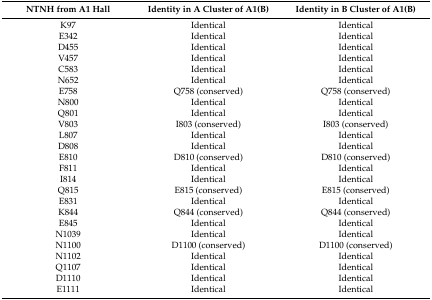
| NTNH from A1 Hall | Identity in A Cluster of A1(B) | Identity in B Cluster of A1(B) |
 | --- | --- | --- |
 | K97 | Identical | Identical |
 | E342 | Identical | Identical |
 | D455 | Identical | Identical |
 | V457 | Identical | Identical |
 | C583 | Identical | Identical |
 | N652 | Identical | Identical |
 | E758 | Q758 (conserved) | Q758 (conserved) |
 | N800 | Identical | Identical |
 | Q801 | Identical | Identical |
 | V803 | I803 (conserved) | I803 (conserved) |
 | L807 | Identical | Identical |
 | D808 | Identical | Identical |
 | E810 | D810 (conserved) | D810 (conserved) |
 | F811 | Identical | Identical |
 | I814 | Identical | Identical |
 | Q815 | E815 (conserved) | E815 (conserved) |
 | E831 | Identical | Identical |
 | K844 | Q844 (conserved) | Q844 (conserved) |
 | E845 | Identical | Identical |
 | N1039 | Identical | Identical |
 | N1100 | D1100 (conserved) | D1100 (conserved) |
 | N1102 | Identical | Identical |
 | Q1107 | Identical | Identical |
 | D1110 | Identical | Identical |
 | E1111 | Identical | Identical |